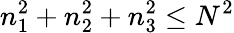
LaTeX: n_{1}^{2}+n_{2}^{2}+n_{3}^{2}\leq N^{2}